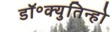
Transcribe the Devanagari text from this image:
डॉ॰क्युतिन्हो